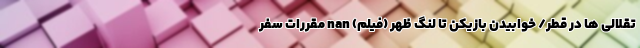
تقلالی ها در قطر/ خوابیدن بازیکن تا لنگ ظهر (فیلم) nan مقررات سفر